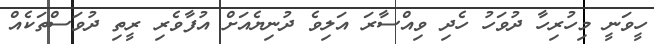
ހީވަނީ މިހުރިހާ ދުވަހު ހެދި ވިއްސާރަ އަލިވެ ދުނިޔެއަށް އުފާވެރި ރީތި ދުވަސްތަކެއް